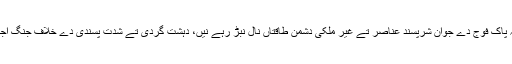
2018ء) چیف آف آرمی سٹاف جنرل قمر جاوید باجوہ نے آکھیا اے کہ پاک فوج دے جوان شرپسند عناصر تے غیر ملکی دشمن طاقتاں نال نبڑ رہے نیں، دہشت گردی تے شدت پسندی دے خلاف جنگ اجے ختم نہیں ہوئی، کُجھ عناصر ملک نوں تصادم ول لیجانا چاہندے نیں۔